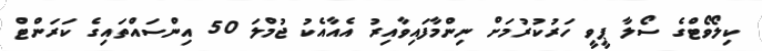
ކިލޯވޯޓްގެ ސޯލާ ޕީވީ ހަރުކުރުމަށް ނިންމާފައިވާއިރު އެއާއެކު ޖުމްލަ 50 އިންސައްތައިގެ ކަރަންޓް